Civil Veterinary Dept. North-West Frontier Province 1933-46 - 1933-1946
Year: 1933
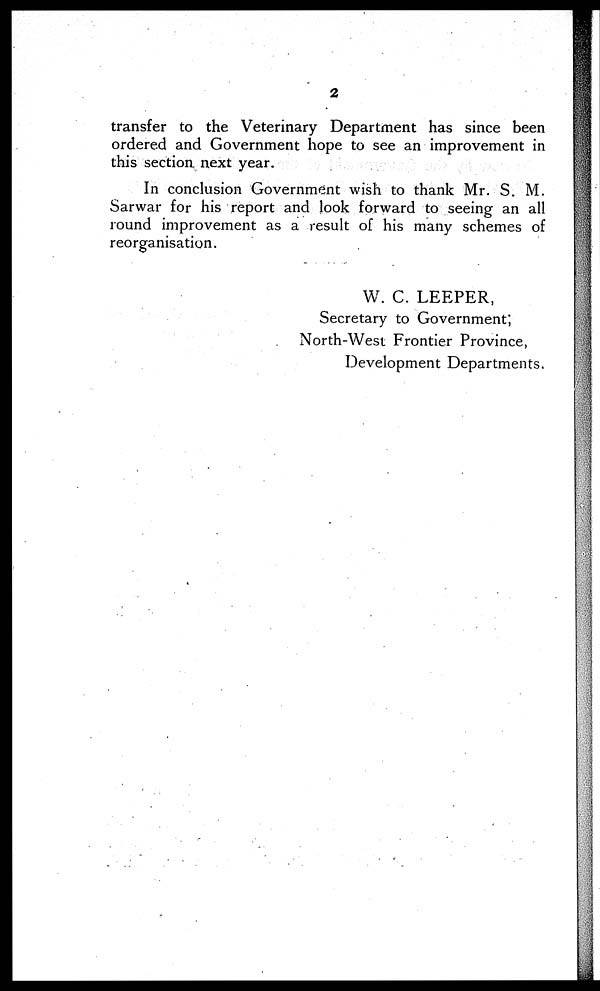
2
transfer to the Veterinary Department has since been
ordered and Government hope to see an improvement in
this section next year.
In conclusion Government wish to thank Mr. S. M.
Sarwar for his report and look forward to seeing an all
round improvement as a result of his many schemes of
reorganisation.
W. C. LEEPER,
Secretary to Government;
North-West Frontier Province,
Development Departments.